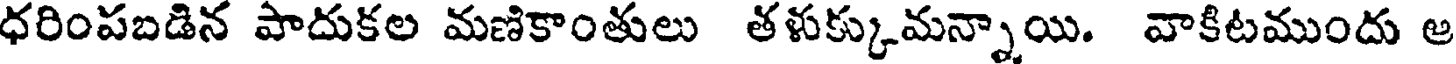
ధరింపబడిన పాదుకల మణికాంతులు తళుక్కుమన్నాయి. వాకిటముందు అ